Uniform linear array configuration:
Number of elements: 48
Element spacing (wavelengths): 0.5
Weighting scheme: blackman
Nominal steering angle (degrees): -45
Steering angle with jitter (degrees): -43.282
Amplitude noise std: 0.05
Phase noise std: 0.05

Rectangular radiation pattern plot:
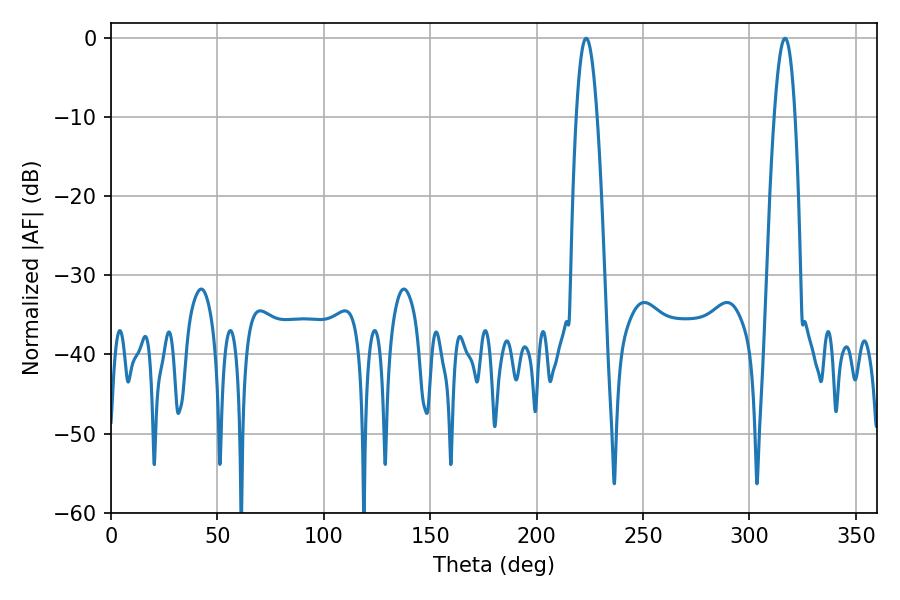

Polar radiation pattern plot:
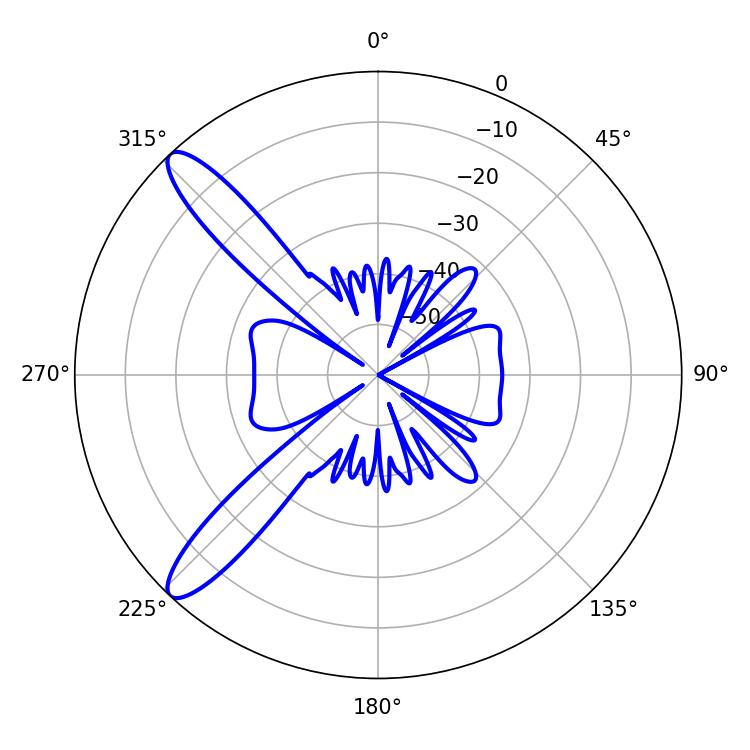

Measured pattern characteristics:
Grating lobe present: FALSE
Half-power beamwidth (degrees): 5.4
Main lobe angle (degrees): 223.2